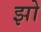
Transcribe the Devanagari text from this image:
झो